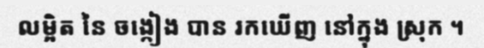
លម្អិត នៃ ចង្កៀង បាន រកឃើញ នៅក្នុង ស្រុក ។